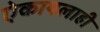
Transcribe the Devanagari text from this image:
ऐकायलाही